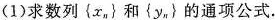
(1)求数列{x_{n}}和{y_{n}}的通项公式.